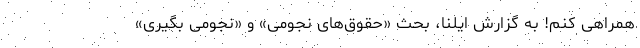
همراهی کنم! به گزارش ایلنا، بحثِ «حقوق‌های نجومی» و «نجومی بگیری»